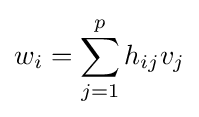
w_{i}=\sum _{j=1}^{p}h_{ij}v_{j}